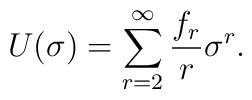
U(\sigma) = \sum ^{\infty} _{r=2} \frac{f_r}{r} \sigma^r .